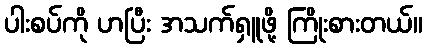
ပါးစပ်ကို ဟပြီး အသက်ရှူဖို့ ကြိုးစားတယ်။